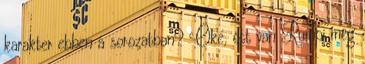
karakter ebben a sorozatban? Oké, ott van Rumpi meg